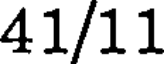
41/11